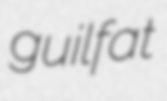
guilfat